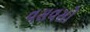
વસવસો